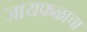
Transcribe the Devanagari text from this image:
जायफळाचा